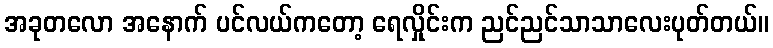
အခုတလော အနောက် ပင်လယ်ကတော့ ရေလှိုင်းက ညင်ညင်သာသာလေးပုတ်တယ်။